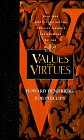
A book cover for Values and Virtues: Two Thousand Classic Quotes, Awesome Thoughts, and Humorous Sayings; Reference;